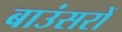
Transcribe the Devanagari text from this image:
बाउंसरों